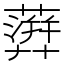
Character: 𧁕